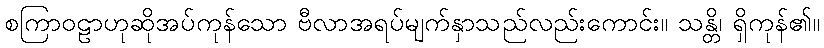
စကြာဝဠာဟုဆိုအပ်ကုန်သော ဗီလာအရပ်မျက်နှာသည်လည်းကောင်း။ သန္တိ၊ ရှိကုန်၏။